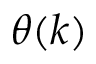
\theta ( k )